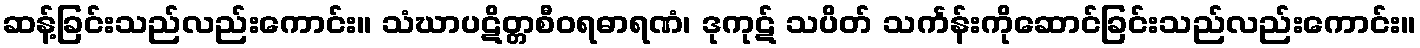
ဆန့်ခြင်းသည်လည်းကောင်း။ သံဃာပဋိတ္တစီဝရဓာရဏံ၊ ဒုကုဋ် သပိတ် သင်္ကန်းကိုဆောင်ခြင်းသည်လည်းကောင်း။